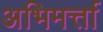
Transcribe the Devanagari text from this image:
अभिमर्त्ता